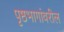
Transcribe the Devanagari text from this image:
पृष्ठभागांवरील